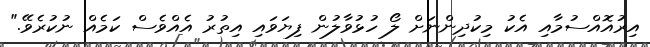
އިރުއޮއްސުމާއި އެކު މިކުދިންނަށް ލޯ ހުޅުވާލުން ފިޔަވައި އިތުރު އެއްވެސް ކަމެއް ނުކުރެވޭ."